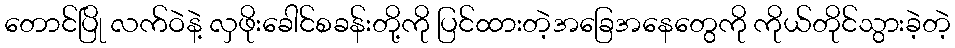
တောင်ပြို လက်ဝဲနဲ့ လှဖိုးခေါင်စခန်းတို့ကို ပြင်ထားတဲ့အခြေအနေတွေကို ကိုယ်တိုင်သွားခဲ့တဲ့